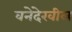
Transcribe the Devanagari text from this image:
वनेदेखील